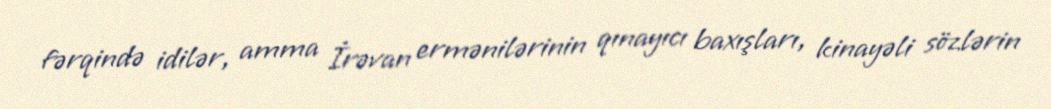
fərqində idilər, amma İrəvan ermənilərinin qınayıcı baxışları, kinayəli sözlərin